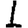
Digit: 1